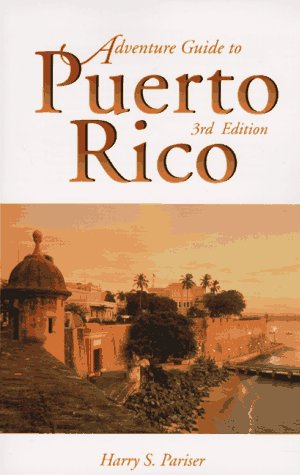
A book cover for Puerto Rico (Adventure Guide to Puerto Rico); Harry S. Pariser; Travel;